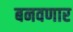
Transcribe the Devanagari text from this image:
बनवणार